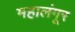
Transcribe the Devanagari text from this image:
महालंगूर